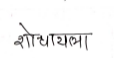
मजकूर: शौचायला